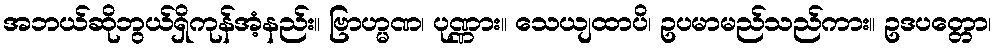
အဘယ်ဆိုဘွယ်ရှိကုန်အံ့နည်း။ ဗြာဟ္မဏ၊ ပုဏ္ဏား။ သေယျထာပိ၊ ဥပမာမည်သည်ကား။ ဥဒပတ္တော၊